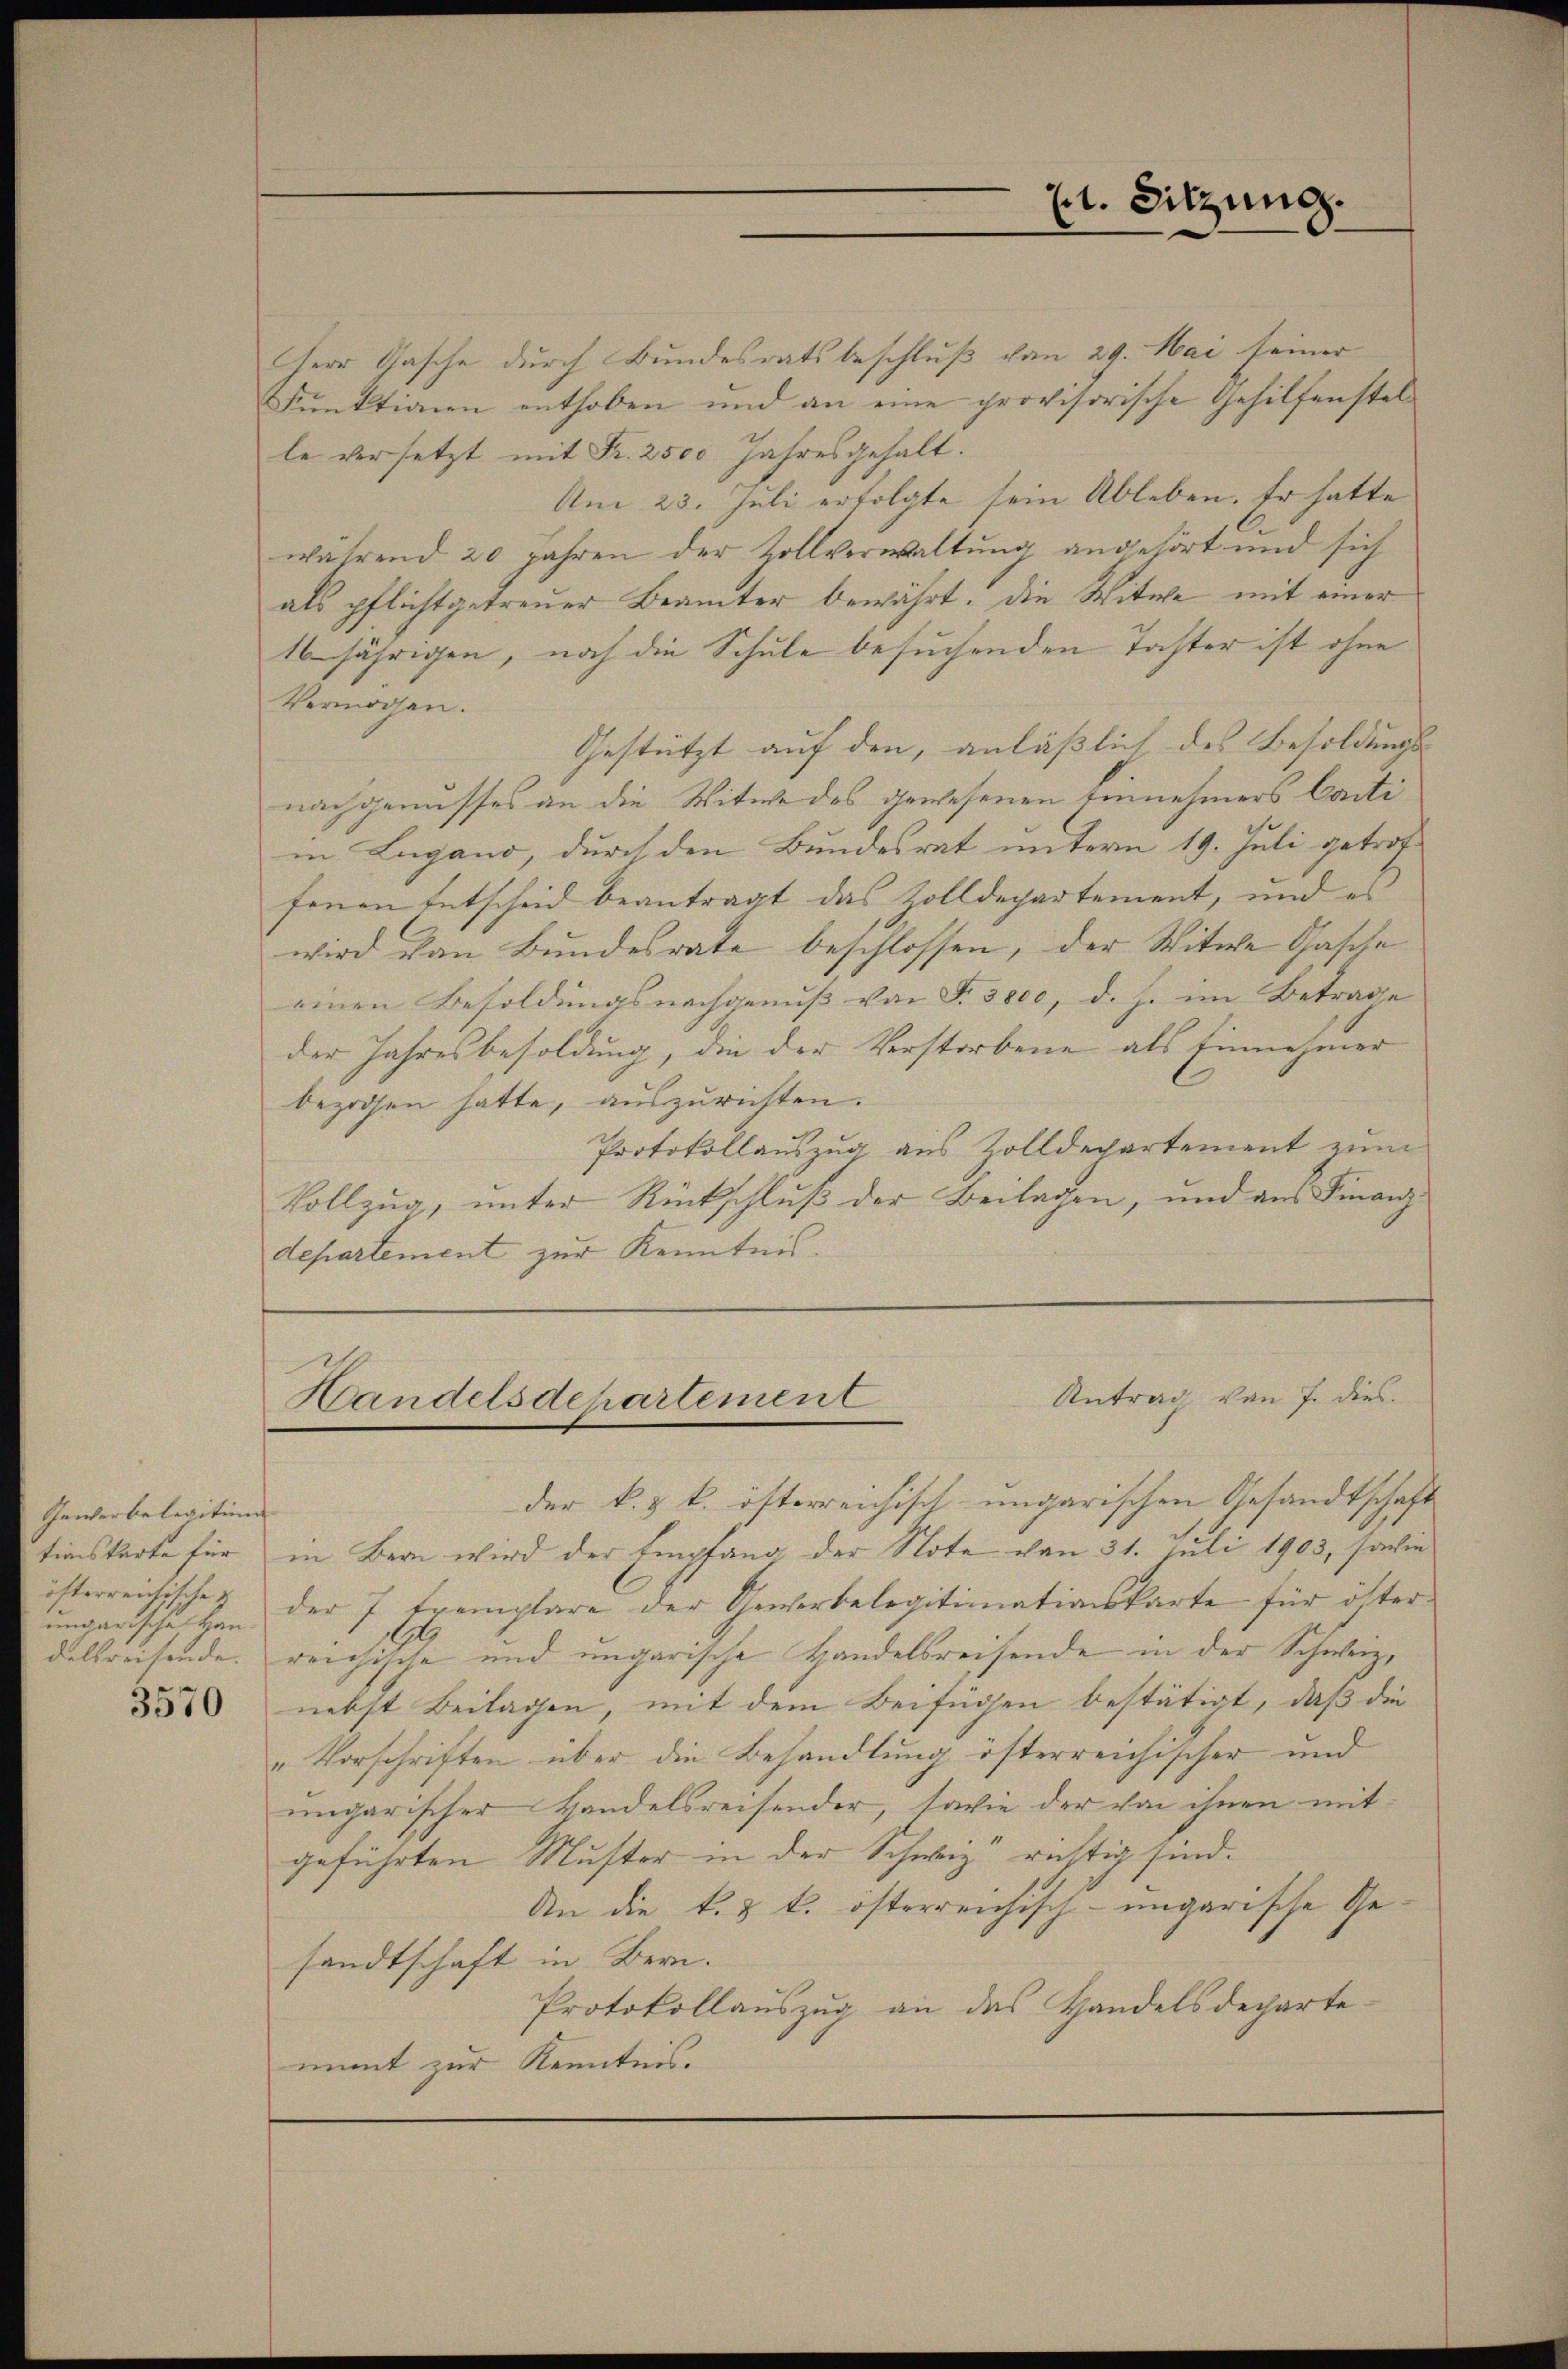
Gewerbelegition |
ungarische Han¬

3570

bezogen hatte, auszurichten.
departement zur Kenntnis.

Herr Gasche durch Bundesratsbeschluß von 29. Mai seiner
Funktionen enthoben und an eine provisorische Gehilfenstelle versetzt mit Fr. 2500 Jahresgehalt.
Am 23. Juli erfolgte sein Ableben. Er hatte
während 20 Jahren der Zollverwaltung angehört und sich
als pflicht getreuer Beamter bewährt, die Witwe mit einer
16jährigen, noch die Schule besuchenden Taster ist ohne
Vermögen.
Gestützt auf den, anläßlich des Besoldungs-
nachgenusses an die Witwe des gewesenen Einnehmers Canti
in Lugano, durch den Bundesrat unterm 19. Juli getroffenen Entscheid beantragt das Zolldepartement, und es
wird von Bundesrate beschlossen, der Witwe Gasche
einen Besoldungsnachgenuß von T. 3800, d. h. im Betrage
der Jahresbesoldung, die der Verstorbene als Einnehmer
Protokollauszug aus Zolldepartement zum
Vollzug, unter Rückschluß der Beilagen, und aus Finanz
Antrag von 7. dies
Handelsdepartement
der k. k. k. österreichisch-ungarischen Gesandtschaft
tionskarte für in Bern wird der Empfang der Note von 31. Juli 1903, sowie
österreichischen der 7 Exemplare der Gewerbelegitimationskarte für öster¬
A
delsreisende reichische und ungarische Handelsreisende in der Schweiz,
nebst Beilagen, mit dem Beifügen bestätigt, daß die
„Vorschriften über die Behandlung österreichischer und
ungarischer Handelsreisender, sowie der von ihnen mit
geführten Muster in der Schwiz“ richtig sind.
An die k. k. österreichisch-ungarische Gesandtschaft in Bern.
Protokollauszug an das Handelsdechartenimt zur Kenntnis.

ht. Sitzung.